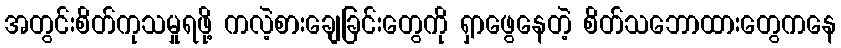
အတွင်းစိတ်ကုသမှုရဖို့ ကလဲ့စားချေခြင်းတွေကို ရှာဖွေနေတဲ့ စိတ်သဘောထားတွေကနေ